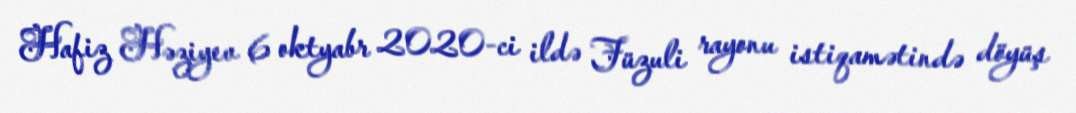
Hafiz Həziyev 6 oktyabr 2020-ci ildə Füzuli rayonu istiqamətində döyüş